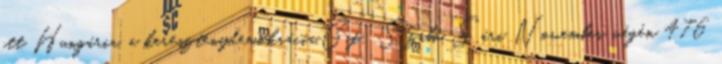
itt Hungária, a kereszténydemokrácia.Gif: Szabó Sári November végén 476